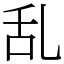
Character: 乱